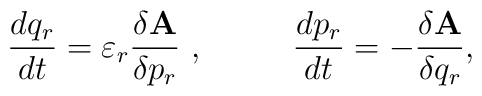
{d{q_r}\over dt}= \varepsilon_r {\delta {\bf A}\over\delta p_r}~, ~~~~~~~~{d{p_r}\over dt}= - {\delta {\bf A}\over \delta q_r},